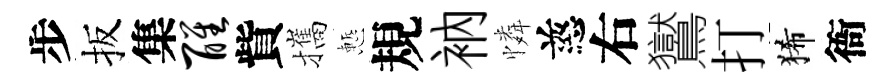
步扳集醒貲攜慙規衲憐慈右鸑打狶衙